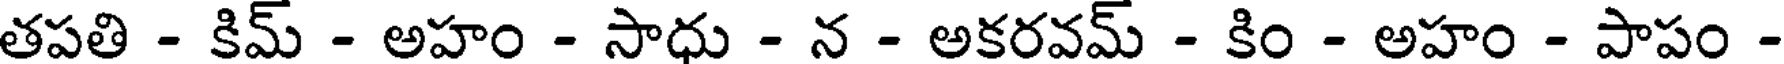
తపతి - కిమ్ - అహం - సాధు - న - అకరవమ్ - కిం - అహం - పాపం -